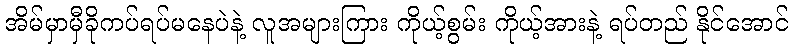
အိမ်မှာမှီခိုကပ်ရပ်မနေပဲနဲ့ လူအများကြား ကိုယ့်စွမ်း ကိုယ့်အားနဲ့ ရပ်တည် နိုင်အောင်